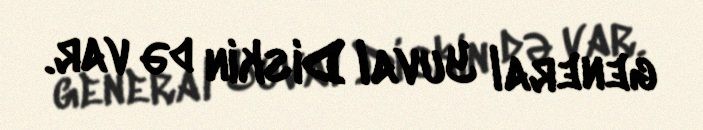
general Yuval Diskin də var.